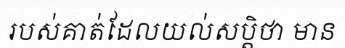
របស់គាត់ដែលយល់សប្តិថា មាន